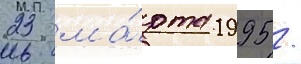
23 ма́рта 1995 /